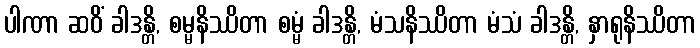
ပါဏာ ဆဝိံ ခါဒန္တိ, စမ္မနိဿိတာ စမ္မံ ခါဒန္တိ, မံသနိဿိတာ မံသံ ခါဒန္တိ, နှာရုနိဿိတာ